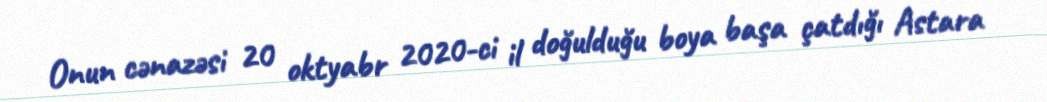
Onun cənazəsi 20 oktyabr 2020-ci il doğulduğu boya başa çatdığı Astara